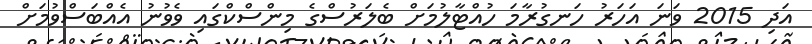
އަދި 2015 ވަނަ އަހަރު ހަނގުރާމަ ހުއްޓާލުމަށް ބެލަރުސްގެ މިންސްކްގައި ވެވުނު އެއްބަސްވުމަށް